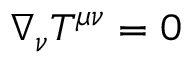
\nabla _ { \nu } T ^ { \mu \nu } = 0